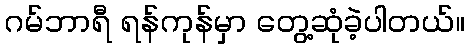
ဂမ်ဘာရီ ရန်ကုန်မှာ တွေ့ဆုံခဲ့ပါတယ်။